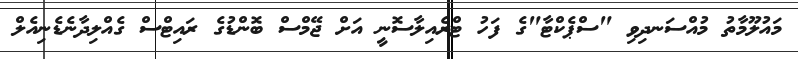
މައުލޫމާތު މުއްސަނދިވި "ސްޕެކްޓާ"ގެ ފަހު ޓްރެއިލާސޮނީ އަށް ޖޭމްސް ބޮންޑުގެ ރައިޓްސް ގެއްލިދާނެޑެނިއެލް